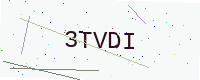
Text: 3TVDI